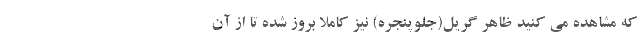
که مشاهده می کنید ظاهر گریل(جلوپنجره) نیز کاملا بروز شده تا از آن